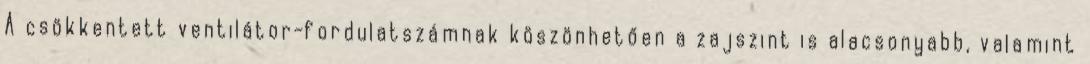
A csökkentett ventilátor-fordulatszámnak köszönhetően a zajszint is alacsonyabb, valamint